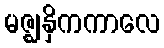
မဇ္ဈနှိကကာလေ